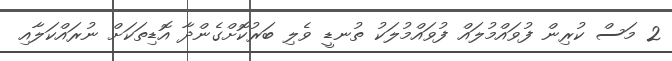
2 މަސް ކުރިން ފުވައްމުލައް ފުވައްމުލަކު ތުނޑީ ވެލި ބަރުކޮށްގެންދާ އޮޑިތަކަށް ނުރައްކަލާއި